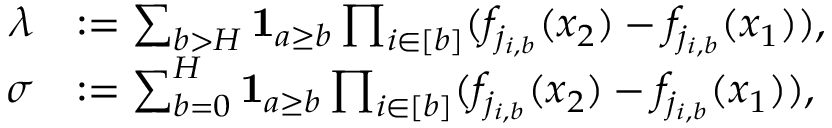
\begin{array} { r l } { \lambda } & { : = \sum _ { b > H } \mathbf { 1 } _ { a \ge b } \prod _ { i \in [ b ] } ( f _ { j _ { i , b } } ( x _ { 2 } ) - f _ { j _ { i , b } } ( x _ { 1 } ) ) , } \\ { \sigma } & { : = \sum _ { b = 0 } ^ { H } \mathbf { 1 } _ { a \ge b } \prod _ { i \in [ b ] } ( f _ { j _ { i , b } } ( x _ { 2 } ) - f _ { j _ { i , b } } ( x _ { 1 } ) ) , } \end{array}